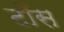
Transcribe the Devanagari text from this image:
टाॅस